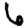
Digit: 6